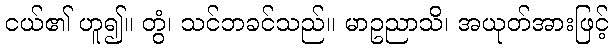
ငယ်၏ ဟူ၍။ တွံ၊ သင်ဘခင်သည်။ မာဥညာသိ၊ အယုတ်အားဖြင့်